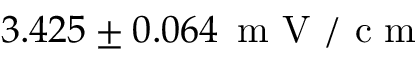
3 . 4 2 5 \pm 0 . 0 6 4 \, \mathrm { ~ m ~ V ~ / ~ c ~ m ~ }